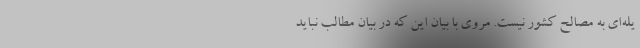
یله‌ای به مصالح کشور نیست. مروی با بیان این که در بیان مطالب نباید